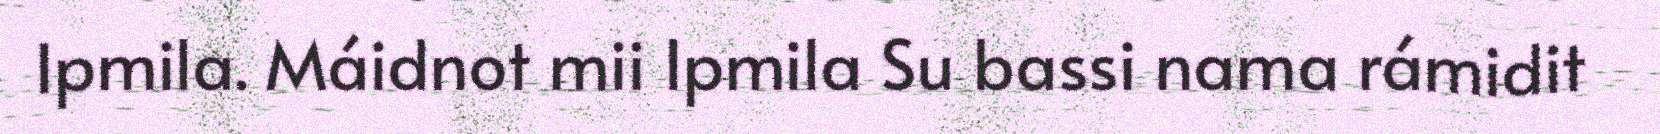
Ipmila. Máidnot mii Ipmila Su bassi nama rámidit